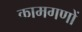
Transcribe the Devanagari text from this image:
कामगणों